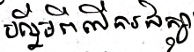
បន្ថែមពីលើការសិក្សា